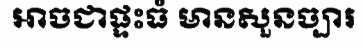
អាចជាផ្ទះធំ មានសួនច្បារ